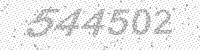
Solution: 544502